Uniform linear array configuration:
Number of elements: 32
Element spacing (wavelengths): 0.75
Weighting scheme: exponential
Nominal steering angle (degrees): -30
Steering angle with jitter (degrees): -30.032
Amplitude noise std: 0.05
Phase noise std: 0.05

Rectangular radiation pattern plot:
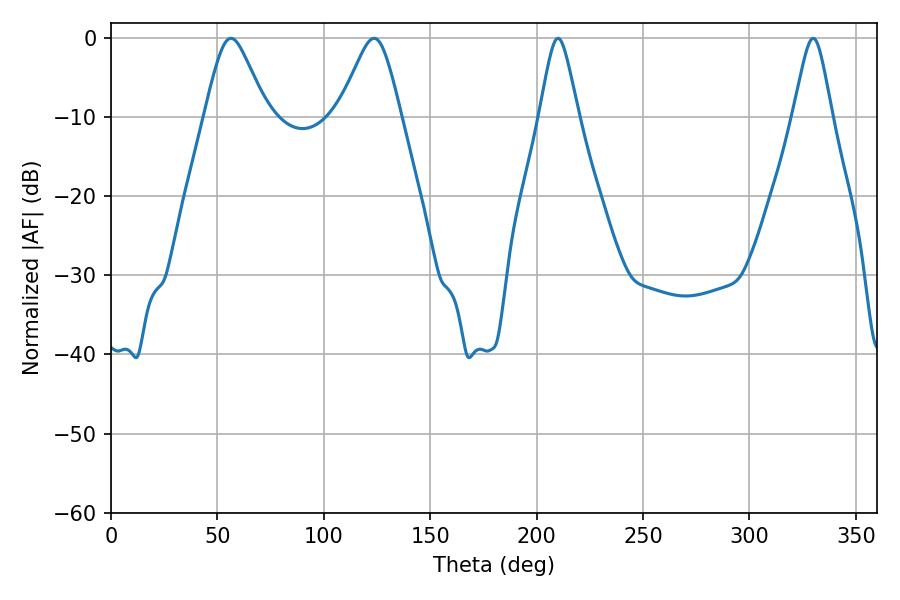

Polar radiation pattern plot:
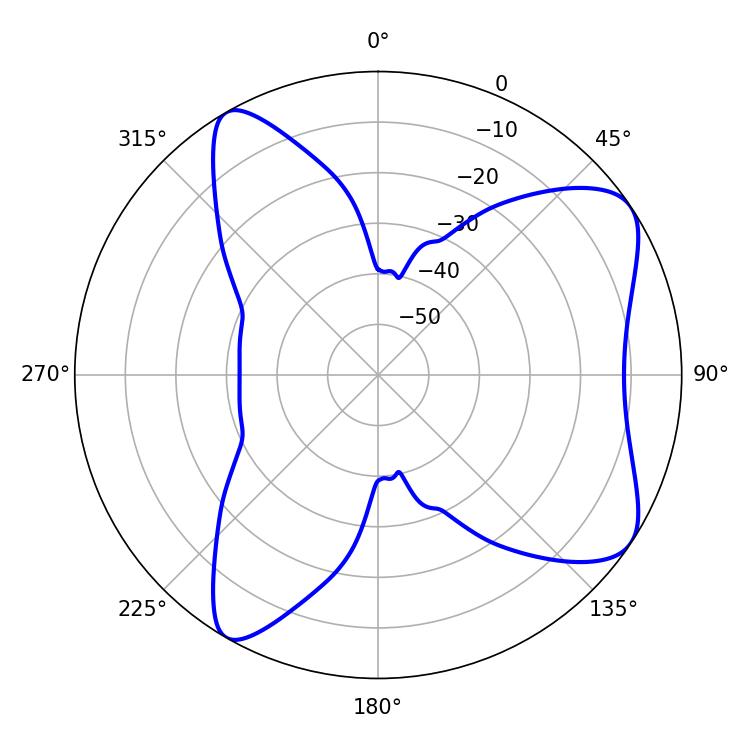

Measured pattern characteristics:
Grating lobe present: TRUE
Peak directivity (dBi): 7.713
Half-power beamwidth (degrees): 8.82
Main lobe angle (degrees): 210.06